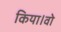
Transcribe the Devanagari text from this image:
किया।वो